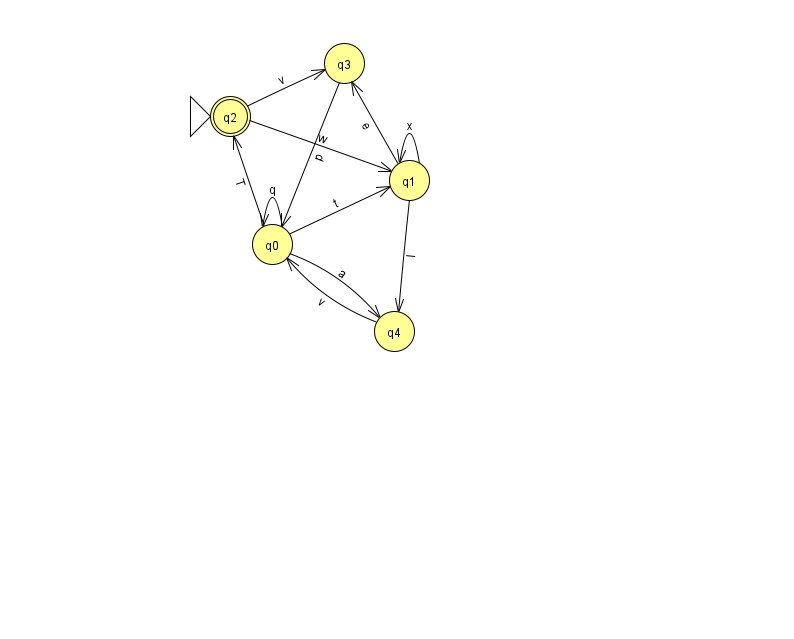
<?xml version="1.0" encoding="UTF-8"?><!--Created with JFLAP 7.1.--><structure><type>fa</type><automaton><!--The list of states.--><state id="0" name="q0"><x>272.0</x><y>231.0</y></state><state id="1" name="q1"><x>409.0</x><y>167.0</y></state><state id="2" name="q2"><x>230.0</x><y>103.0</y><initial/><final/></state><state id="3" name="q3"><x>344.0</x><y>50.0</y></state><state id="4" name="q4"><x>394.0</x><y>318.0</y></state><!--The list of transitions.--><transition><from>0</from><to>0</to><read>q</read></transition><transition><from>2</from><to>3</to><read>v</read></transition><transition><from>3</from><to>0</to><read>p</read></transition><transition><from>0</from><to>2</to><read>T</read></transition><transition><from>1</from><to>1</to><read>x</read></transition><transition><from>4</from><to>0</to><read>v</read></transition><transition><from>1</from><to>3</to><read>e</read></transition><transition><from>2</from><to>1</to><read>w</read></transition><transition><from>0</from><to>4</to><read>a</read></transition><transition><from>0</from><to>1</to><read>t</read></transition><transition><from>1</from><to>4</to><read>I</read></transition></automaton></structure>